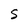
Character: S